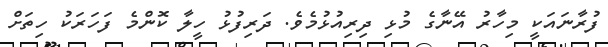
ފުރާނައަކީ މިހާރު އޭނާގެ މުޅި ދިރިއުޅުމެވެ. ދަރިފުޅު ހީލާ ކޮންމެ ފަހަރަކު ހިތަށް